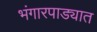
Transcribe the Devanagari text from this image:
भंगारपाड्यात